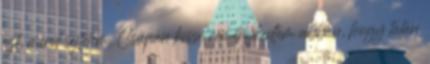
ezt, mind sejtetem. Csupán kissé reménykedtem abban, hogy talán